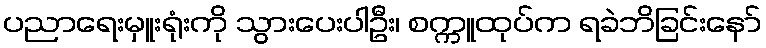
ပညာရေးမှူးရုံးကို သွားပေးပါဦး၊ စက္ကူထုပ်က ရခဲဘိခြင်းနော်